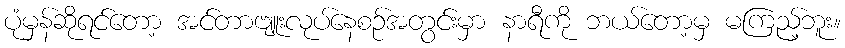
ပုံမှန်ဆိုရင်တော့ အင်တာဗျူးလုပ်နေစဉ်အတွင်းမှာ နာရီကို ဘယ်တော့မှ မကြည့်ဘူး။